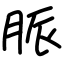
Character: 脈